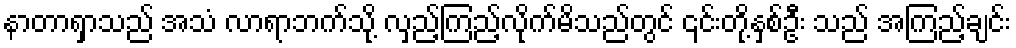
နာတာရှာသည် အသံ လာရာဘက်သို့ လှည့်ကြည့်လိုက်မိသည်တွင် ၎င်းတို့နှစ်ဦး သည် အကြည့်ချင်း